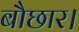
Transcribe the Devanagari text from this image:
बौछार।